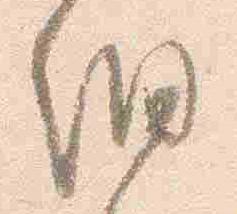
細